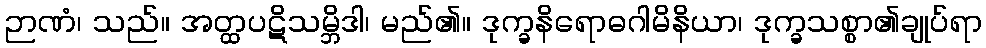
ဉာဏံ၊ သည်။ အတ္ထပဋိသမ္ဘိဒါ၊ မည်၏။ ဒုက္ခနိရောဓဂါမိနိယာ၊ ဒုက္ခသစ္စာ၏ချုပ်ရာ